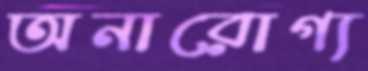
অনারোগ্য